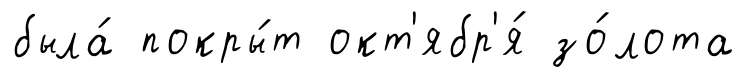
была́ покры́т окт'ябр'я́ зо́лота